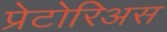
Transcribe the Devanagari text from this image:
प्रेटोरिअस